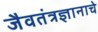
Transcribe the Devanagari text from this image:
जैवतंत्रज्ञानाचे